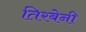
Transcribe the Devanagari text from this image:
तिरबेनी